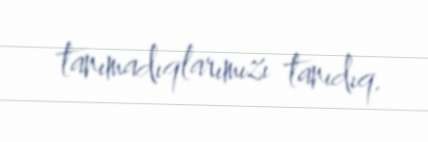
tanımadıqlarımızı tanıdıq.